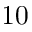
1 0